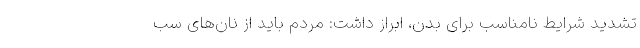
تشدید شرایط نامناسب برای بدن، ابراز داشت: مردم باید از نان‌های سب